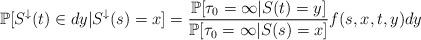
LaTeX: \begin{align*}\mathbb{P}[S^{\downarrow}(t) \in dy \vert S^{\downarrow}(s)=x ]=\frac{\mathbb{P}[\tau_{0}=\infty \vert S(t)=y]}{\mathbb{P}[\tau_{0}=\infty \vert S(s)=x]}f(s,x,t,y)dy \end{align*}